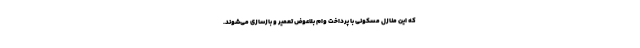
که این منازل مسکونی با پرداخت وام بلاعوض تعمیر و بازسازی می‌شوند.